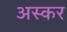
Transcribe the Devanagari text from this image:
अस्कर